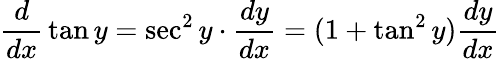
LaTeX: {\frac{d}{dx}}\tan y=\sec^{2}y\cdot{\frac{dy}{dx}}=(1+\tan^{2}y){\frac{dy}{dx}}